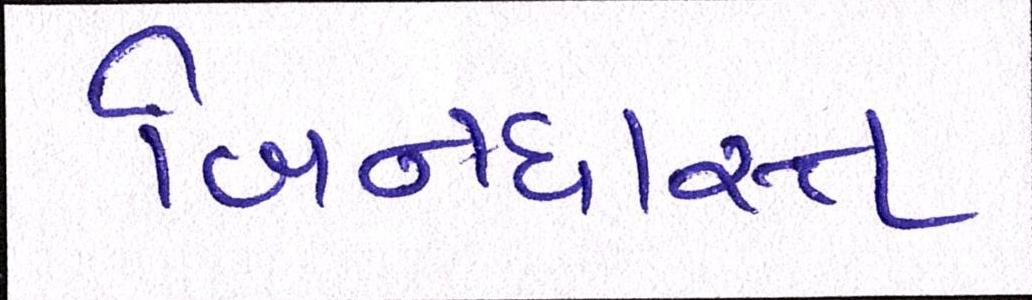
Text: બિનધાસ્ત